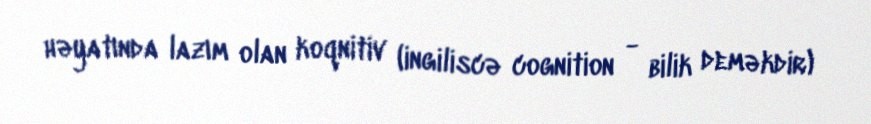
həyatında lazım olan koqnitiv (ingiliscə cognition - bilik deməkdir)